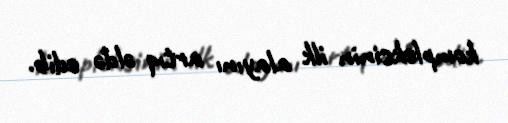
kompleksinin ilk alayını artıq əldə edib.